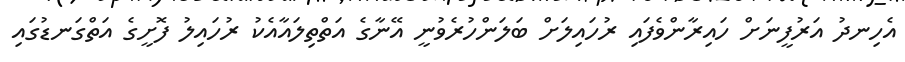
އެހިނދު އަރުފީނަށް ހައިރާންވެފައި ރުހައިލަށް ބަލަންހުރެވުނީ އޭނާގެ އަތްތިލައާއެކު ރުހައިލު ފޮށީގެ އަތްގަނޑުގައި